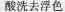
酸洗去浮色